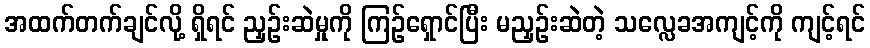
အထက်တက်ချင်လို့ ရှိရင် ညှဉ်းဆဲမှုကို ကြဉ်ရှောင်ပြီး မညှဉ်းဆဲတဲ့ သလ္လေခအကျင့်ကို ကျင့်ရင်